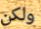
ولكن